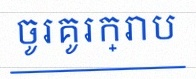
ចូរគូរក្រាប